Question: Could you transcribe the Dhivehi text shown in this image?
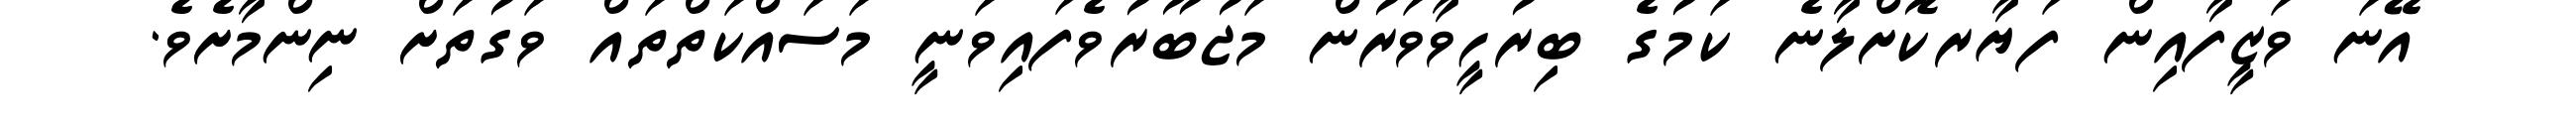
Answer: އޭނަ ވަޒީފާއިން ފަޔާރކޮށްލާނެ ކަމުގެ ބިރުހީވާވަރުން މަޖުބޫރުވެފައިވަނީ މަސައްކަތްތައް ވަގުތަށް ނިންމާށެވެ.